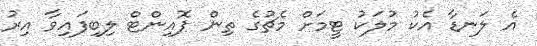
އެ ލަނޑާ އެކު މުލަކު ޓީމަށް މެޗުގެ ތިން ޕޮއިންޓް ލިބިފައިވާ އިރު